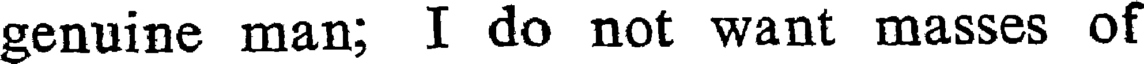
genuine man; I do not want masses of